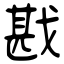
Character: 戡